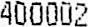
400002